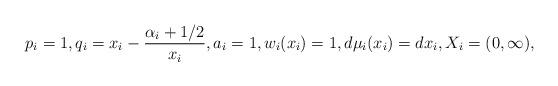
LaTeX: \begin{align*}p_i&=1,q_i=x_i-\frac{\alpha_i+1/2}{x_i} ,a_i=1,w_i(x_i)=1,d\mu_i(x_i)=dx_i,X_i=(0,\infty),\end{align*}